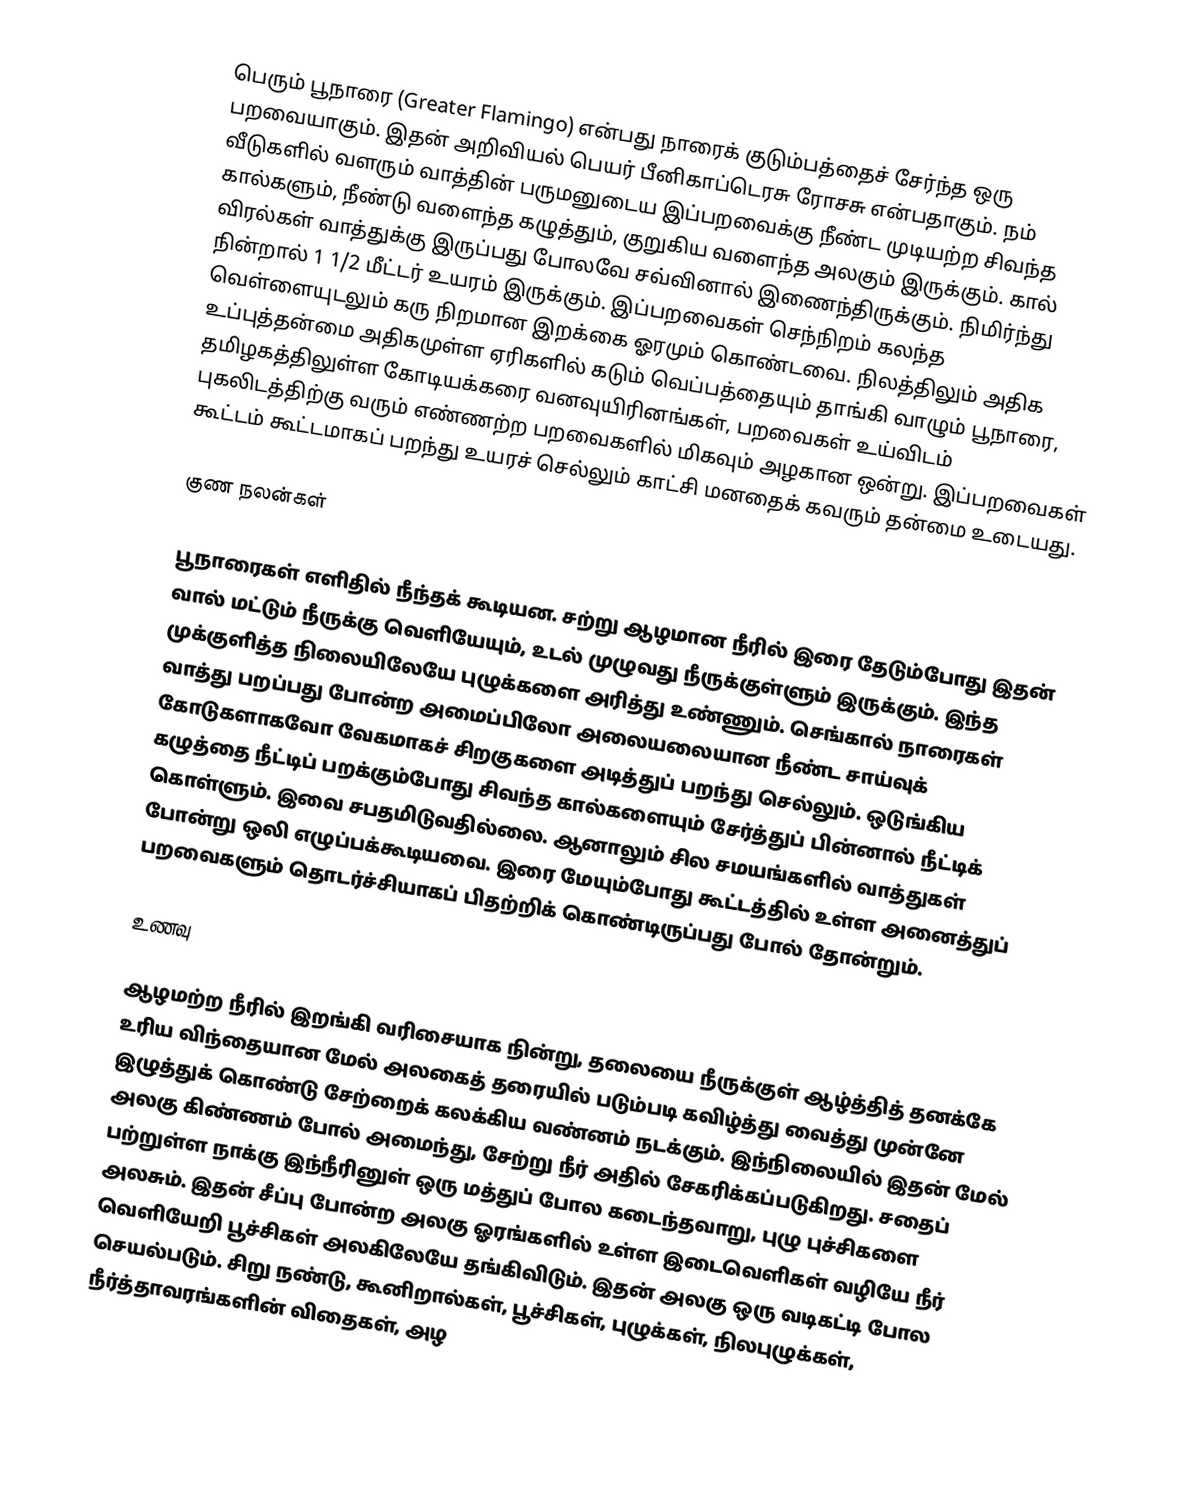
பெரும் பூநாரை (Greater Flamingo) என்பது நாரைக் குடும்பத்தைச் சேர்ந்த ஒரு பறவையாகும். இதன் அறிவியல் பெயர் பீனிகாப்டெரசு ரோசசு என்பதாகும். நம் வீடுகளில் வளரும் வாத்தின் பருமனுடைய இப்பறவைக்கு நீண்ட முடியற்ற சிவந்த கால்களும், நீண்டு வளைந்த கழுத்தும், குறுகிய வளைந்த அலகும் இருக்கும். கால் விரல்கள் வாத்துக்கு இருப்பது போலவே சவ்வினால் இணைந்திருக்கும். நிமிர்ந்து நின்றால் 1 1/2 மீட்டர் உயரம் இருக்கும். இப்பறவைகள் செந்நிறம் கலந்த வெள்ளையுடலும் கரு நிறமான இறக்கை ஓரமும் கொண்டவை. நிலத்திலும் அதிக உப்புத்தன்மை அதிகமுள்ள ஏரிகளில் கடும் வெப்பத்தையும் தாங்கி வாழும் பூநாரை, தமிழகத்திலுள்ள கோடியக்கரை வனவுயிரினங்கள், பறவைகள் உய்விடம் புகலிடத்திற்கு வரும் எண்ணற்ற பறவைகளில் மிகவும் அழகான ஒன்று. இப்பறவைகள் கூட்டம் கூட்டமாகப் பறந்து உயரச் செல்லும் காட்சி மனதைக் கவரும் தன்மை உடையது.

குண நலன்கள்

பூநாரைகள் எளிதில் நீந்தக் கூடியன. சற்று ஆழமான நீரில் இரை தேடும்போது இதன் வால் மட்டும் நீருக்கு வெளியேயும், உடல் முழுவது நீருக்குள்ளும் இருக்கும். இந்த முக்குளித்த நிலையிலேயே புழுக்களை அரித்து உண்ணும். செங்கால் நாரைகள் வாத்து பறப்பது போன்ற அமைப்பிலோ அலையலையான நீண்ட சாய்வுக் கோடுகளாகவோ வேகமாகச் சிறகுகளை அடித்துப் பறந்து செல்லும். ஒடுங்கிய கழுத்தை நீட்டிப் பறக்கும்போது சிவந்த கால்களையும் சேர்த்துப் பின்னால் நீட்டிக் கொள்ளும். இவை சபதமிடுவதில்லை. ஆனாலும் சில சமயங்களில் வாத்துகள் போன்று ஒலி எழுப்பக்கூடியவை. இரை மேயும்போது கூட்டத்தில் உள்ள அனைத்துப் பறவைகளும் தொடர்ச்சியாகப் பிதற்றிக் கொண்டிருப்பது போல் தோன்றும்.

உணவு

ஆழமற்ற நீரில் இறங்கி வரிசையாக நின்று, தலையை நீருக்குள் ஆழ்த்தித் தனக்கே உரிய விந்தையான மேல் அலகைத் தரையில் படும்படி கவிழ்த்து வைத்து முன்னே இழுத்துக் கொண்டு சேற்றைக் கலக்கிய வண்னம் நடக்கும். இந்நிலையில் இதன் மேல் அலகு கிண்ணம் போல் அமைந்து, சேற்று நீர் அதில் சேகரிக்கப்படுகிறது. சதைப் பற்றுள்ள நாக்கு இந்நீரினுள் ஒரு மத்துப் போல கடைந்தவாறு, புழு புச்சிகளை அலசும். இதன் சீப்பு போன்ற அலகு ஓரங்களில் உள்ள இடைவெளிகள் வழியே நீர் வெளியேறி பூச்சிகள் அலகிலேயே தங்கிவிடும். இதன் அலகு ஒரு வடிகட்டி போல செயல்படும். சிறு நண்டு, கூனிறால்கள், பூச்சிகள், புழுக்கள், நிலபுழுக்கள், நீர்த்தாவரங்களின் விதைகள், அழ